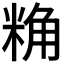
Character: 𮇢